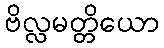
ဗိလ္လမတ္တိယော